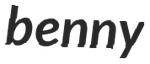
benny